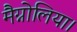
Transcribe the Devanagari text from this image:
मैग्नोलिया।